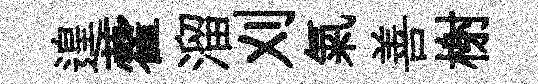
遑藿溜刈氣善榭